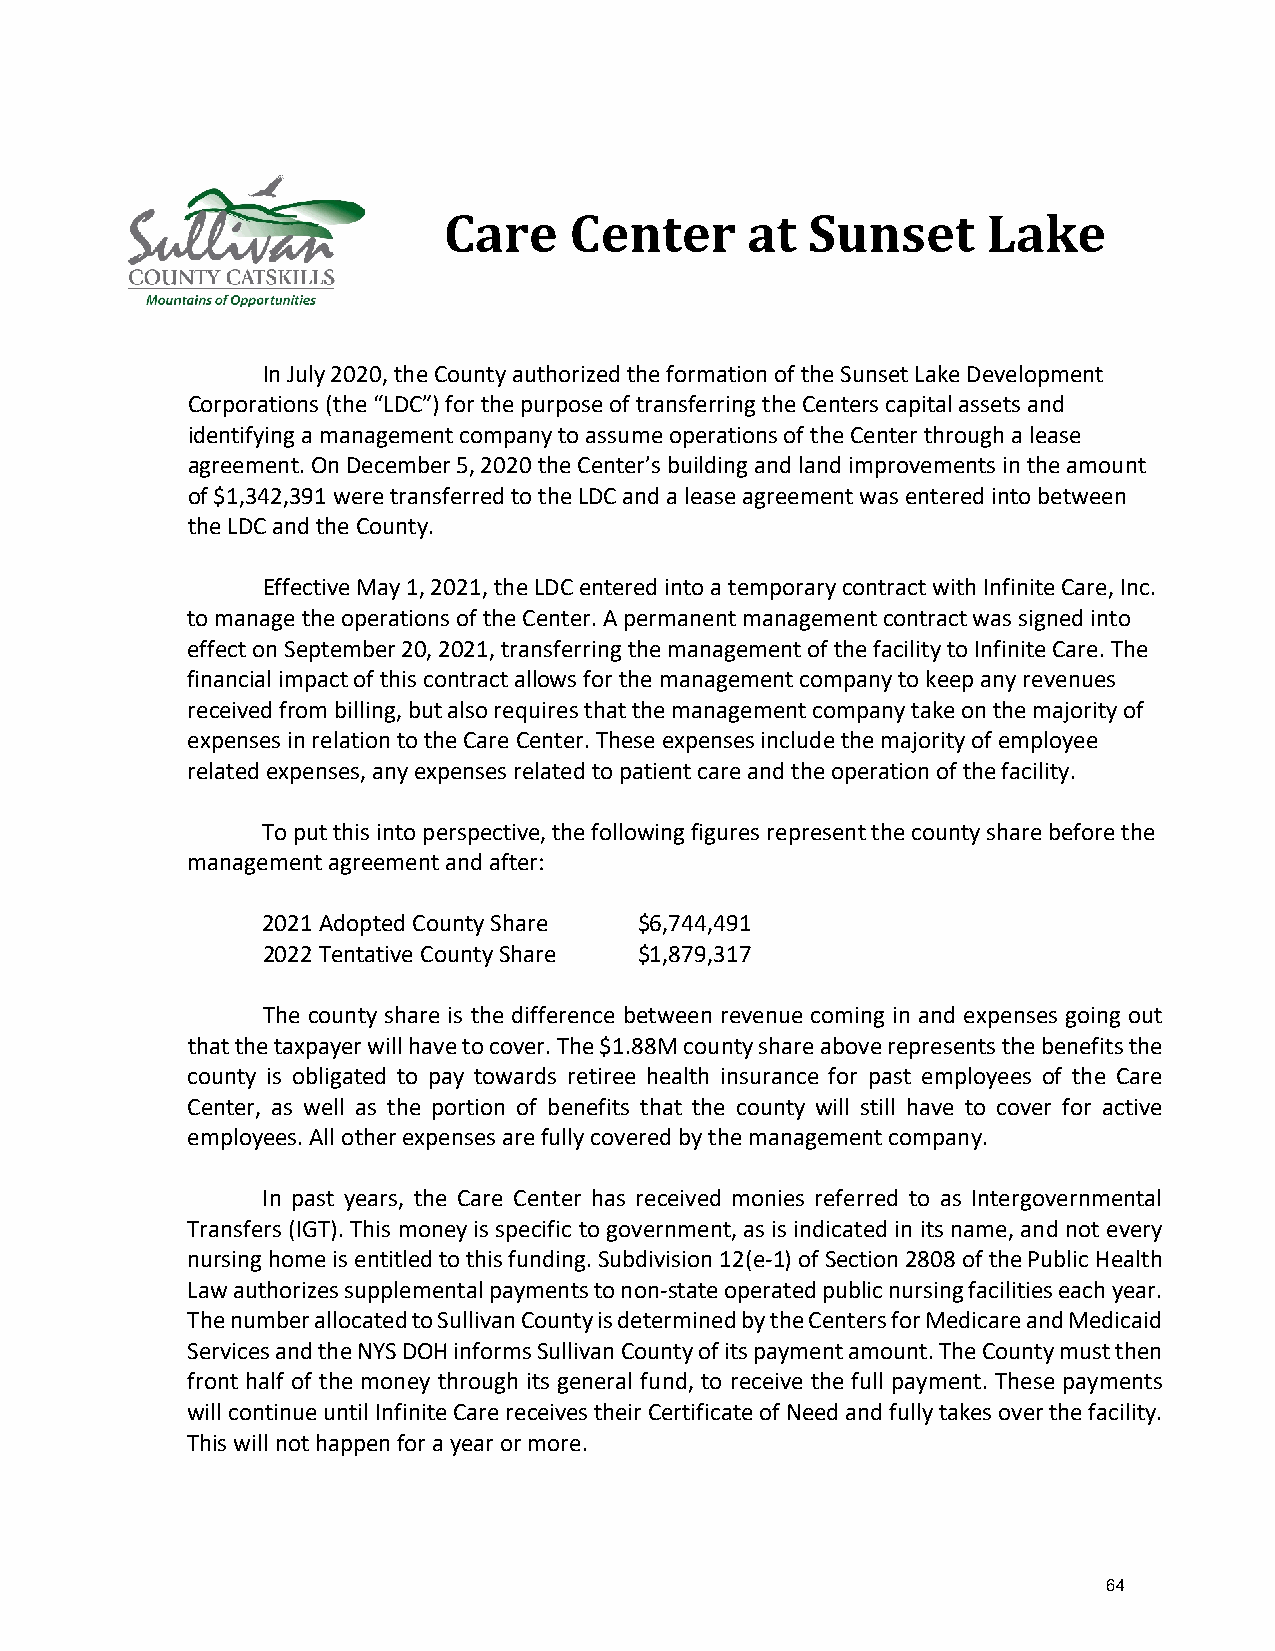
Care     Center     at   Sunset     Lake
 In July 2020, the County authorized the formation of the Sunset Lake Development
 Corporations (the “LDC”) for the purpose of transferring the Centers capital assets and
 identifying a management company to assume operations of the Center through a lease
 agreement. On December 5, 2020 the Center’s building and land improvements in the amount
 of $1,342,391 were transferred to the LDC and a lease agreement was entered into between
 the LDC and the County.
 Effective May 1, 2021, the LDC entered into a temporary contract with Infinite Care, Inc.
 to manage the operations of the Center. A permanent management contract was signed into
 effect on September 20, 2021, transferring the management of the facility to Infinite Care. The
 financial impact of this contract allows for the management company to keep any revenues
 received from billing, but also requires that the management company take on the majority of
 expenses in relation to the Care Center. These expenses include the majority of employee
 related expenses, any expenses related to patient care and the operation of the facility.
 To put this into perspective, the following figures represent the county share before the
 management agreement and after:
 2021 Adopted County Share $6,744,491
 2022 Tentative County Share $1,879,317
 The county share is the difference between revenue coming in and expenses going out
 that the taxpayer will have to cover. The $1.88M county share above represents the benefits the
 county is obligated to pay towards retiree health insurance for past employees of the Care
 Center, as well as the portion of benefits that the county will still have to cover for active
 employees. All other expenses are fully covered by the management company.
 In past years, the Care Center has received monies referred to as Intergovernmental
 Transfers (IGT). This money is specific to government, as is indicated in its name, and not every
 nursing home is entitled to this funding. Subdivision 12(e-1) of Section 2808 of the Public Health
 Law authorizes supplemental payments to non-state operated public nursing facilities each year.
 The number allocated to Sullivan County is determined by the Centers for Medicare and Medicaid
 Services and the NYS DOH informs Sullivan County of its payment amount. The County must then
 front half of the money through its general fund, to receive the full payment. These payments
 will continue until Infinite Care receives their Certificate of Need and fully takes over the facility.
 This will not happen for a year or more.
 64